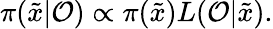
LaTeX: \pi(\tilde{x}|\mathcal{O})\propto\pi(\tilde{x})L(\mathcal{O}|\tilde{x}).